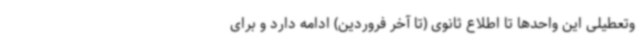
وتعطیلی این واحدها تا اطلاع ثانوی (تا آخر فروردین) ادامه دارد و برای